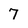
Character: 7